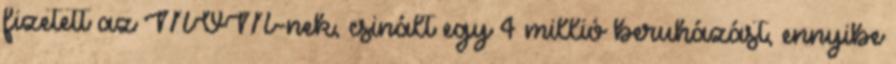
fizetett az MVM-nek, csinált egy 4 millió beruházást, ennyibe